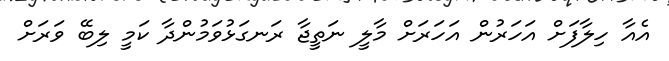
އެއާ ހިލާފަށް އަހަރުން އަހަރަށް މާލީ ނަތީޖާ ރަނގަޅުވަމުންދާ ކަމީ ލިބޭ ވަރަށް